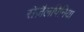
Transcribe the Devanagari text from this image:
सेज़ैलपिनिया